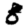
Digit: 8